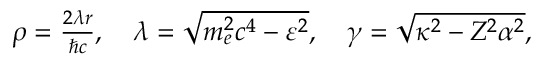
\begin{array} { r } { \rho = \frac { 2 \lambda r } { \hbar c } , \quad \lambda = \sqrt { m _ { e } ^ { 2 } c ^ { 4 } - \varepsilon ^ { 2 } } , \quad \gamma = \sqrt { \kappa ^ { 2 } - Z ^ { 2 } \alpha ^ { 2 } } , } \end{array}